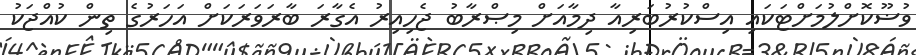
ވުޟޫކޮށްލުމަށްޓަކައި އިސްކުރުބަރިއާ ދިމާއަށް މިޞްރާބު ޖެހިއިރު އެގާރަ ބާރަވަރަކަށް އަހަރުގެ ތިން ކުއްޖަކު